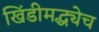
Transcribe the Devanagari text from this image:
खिंडीमद्ध्येच